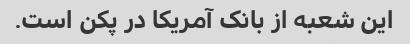
این شعبه از بانک آمریکا در پکن است.